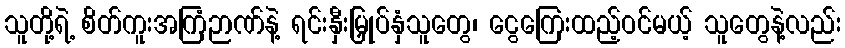
သူတို့ရဲ့ စိတ်ကူးအကြံဉာဏ်နဲ့ ရင်းနှီးမြှုပ်နှံသူတွေ၊ ငွေကြေးထည့်ဝင်မယ့် သူတွေနဲ့လည်း